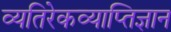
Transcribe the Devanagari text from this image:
व्यतिरेकव्याप्तिज्ञान